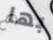
بها